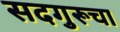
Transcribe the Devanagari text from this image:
सदगुरूचा